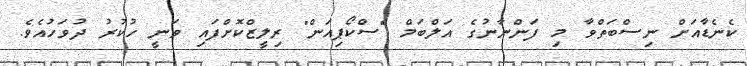
ކެނެޑާއަށް ނިސްބަތްވާ މި ފަންނާނުގެ އަލްބަމް "ސްކޯޕިއަން" ރިލީޒްކޮށްފައި ވަނީ ހުކުރު ދުވަހުއެެވެ.